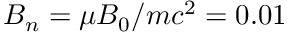
B _ { n } = \mu B _ { 0 } / m c ^ { 2 } = 0 . 0 1